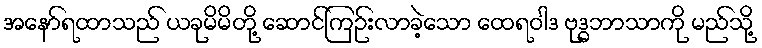
အနော်ရထာသည် ယခုမိမိတို့ ဆောင်ကြဉ်းလာခဲ့သော ထေရဝါဒ ဗုဒ္ဓဘာသာကို မည်သို့